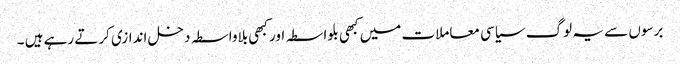
برسوں سے یہ لوگ سیاسی معاملات میں کبھی بلواسطہ اور کبھی بلاواسطہ دخل اندازی کرتے رہے ہیں ۔